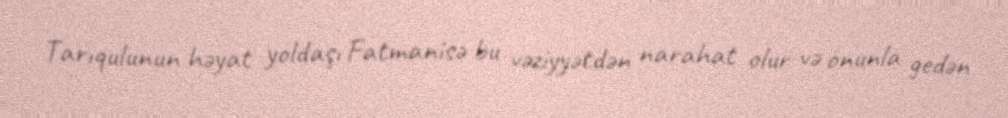
Tarıqulunun həyat yoldaşı Fatmanisə bu vəziyyətdən narahat olur və onunla gedən